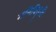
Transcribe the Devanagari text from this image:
मनिविकृति